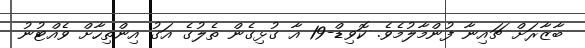
ބާޒާރަށް ޗައިނާ ފުންމާލުމެވެ. ކޮވިޑް-19 އާ ގުޅިގެން ތެލުގެ އަގު އިންތިހާށް ވެއްޓުނު